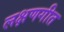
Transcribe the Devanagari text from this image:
लक्षणगीत